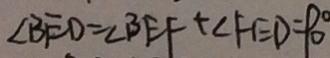
\angle B E D = \angle B E F + \angle F E D = 9 0 ^ { \circ }